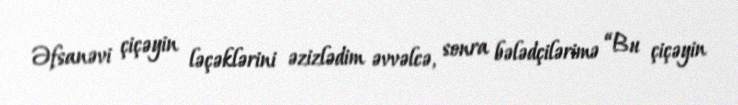
Əfsanəvi çiçəyin ləçəklərini əzizlədim əvvəlcə, sonra bələdçilərimə “Bu çiçəyin